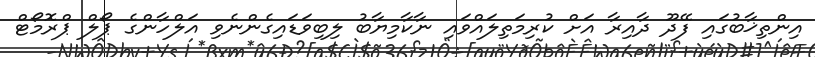
އިންތިޚާބުގައި ފޭދޫ ދާއިރާ އަށް ކުރިމަތިލައްވައި ނާކާމިޔާބު ލިބިވަޑައިގެންނެވި އަލްހާންގެ ޕޯލް ޕްރޮމޯޓް